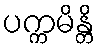
ပက္ကမိန္တိ